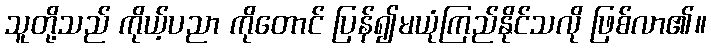
သူတို့သည် ကိုယ့်ပညာ ကိုတောင် ပြန်၍မယုံကြည်နိုင်သလို ဖြစ်လာ၏။